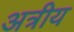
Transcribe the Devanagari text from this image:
अत्रीय